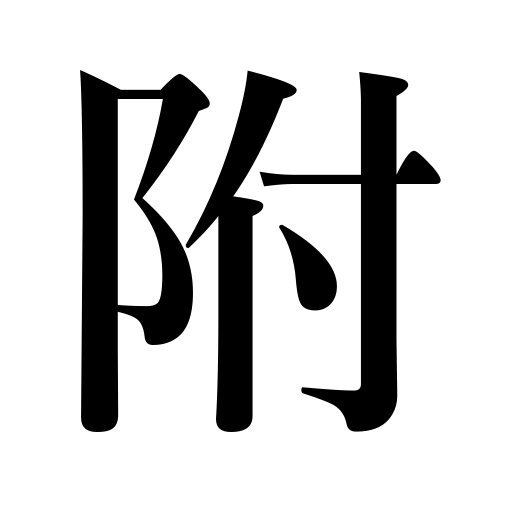
Meanings: give to,attach,affix,submit to,append,refer to